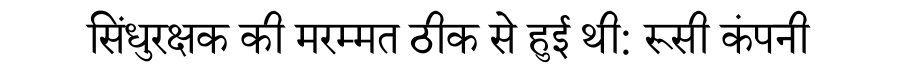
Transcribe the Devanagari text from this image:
सिंधुरक्षक की मरम्मत ठीक से हुई थी: रूसी कंपनी